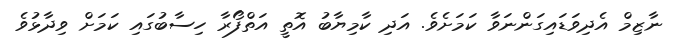
ނާޒިމް އެދިވަޑައިގަންނަވާ ކަމަށެވެ. އަދި ކާމިޔާބު އޮތީ އަތްފޯރާ ހިސާބުގައި ކަމަށް ވިދާޅުވެ